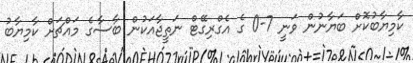
ކާމިޔާބުކޮށް ބަޔާނުން ވަނީ 7-0 ގެ އެގްރިގޭޓް ނަތީޖާއަކުން ބާސާގެ މައްޗަށް ކާމިޔާބު